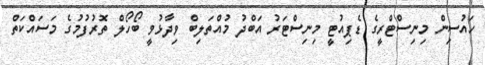
ހައުސިން މިނިސްޓްރީގެ ޑެޕިއުޓީ މިނިސްޓަރު އަބްދު މުއްތަލިބް ވިދާޅުވީ ބޯހޯލް ތޮރުފުމުގެ މަސައްކަތް